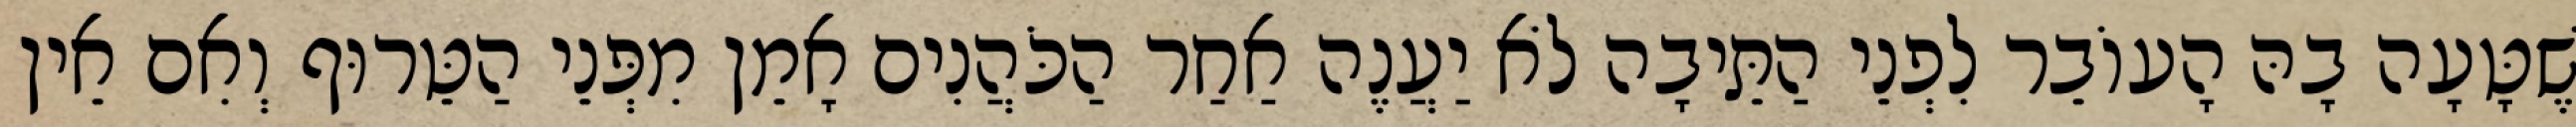
שֶׁטָּעָה בָהּ הָעוֹבֵר לִפְנֵי הַתֵּיבָה לֹא יַעֲנֶה אַחַר הַכֹּהֲנִים אָמֵן מִפְּנֵי הַטֵּרוּף וְאִם אֵין